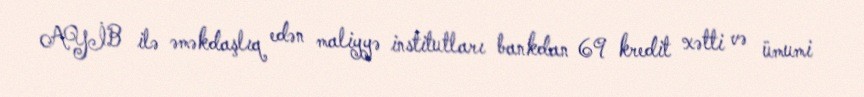
AYİB ilə əməkdaşlıq edən maliyyə institutları bankdan 69 kredit xətti və ümumi